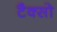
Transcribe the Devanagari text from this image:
टैक्सो